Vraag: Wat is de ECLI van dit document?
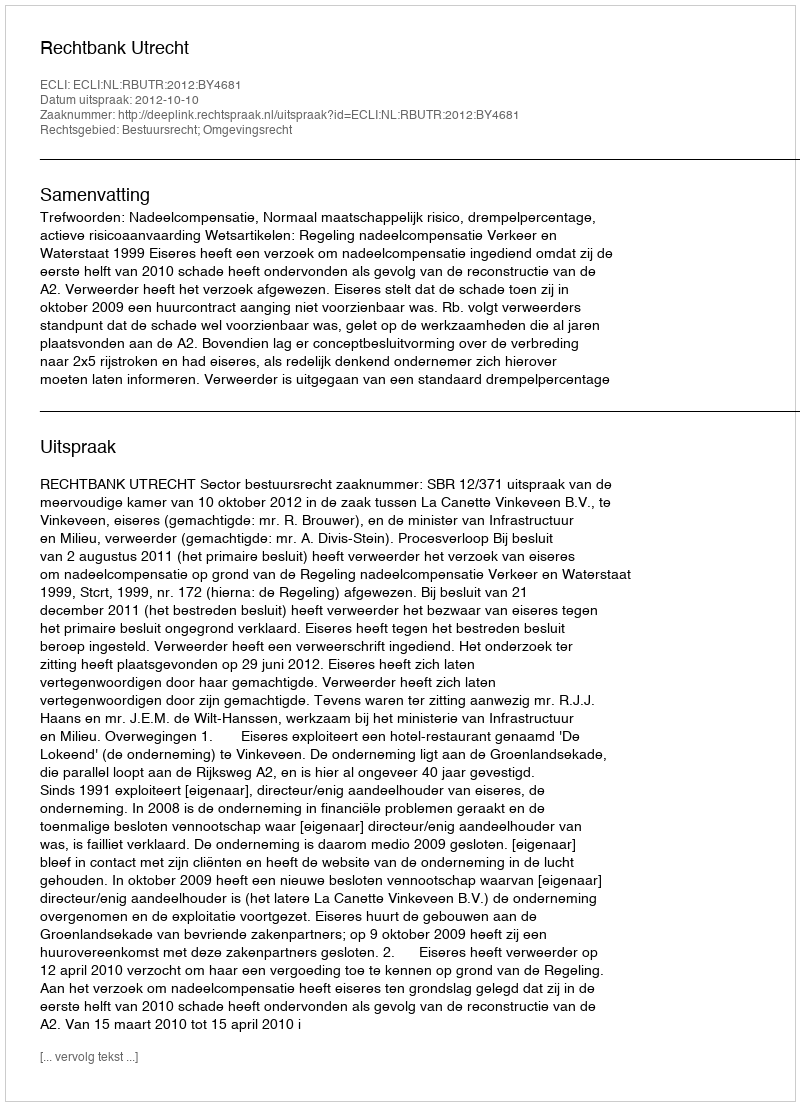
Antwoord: ECLI:NL:RBUTR:2012:BY4681